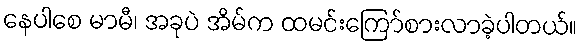
နေပါစေ မာမီ၊ အခုပဲ အိမ်က ထမင်းကြော်စားလာခဲ့ပါတယ်။